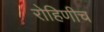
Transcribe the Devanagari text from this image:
रोहिणीच